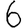
Digit: 6